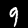
Digit: 9